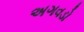
અગવડો